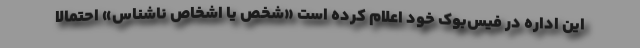
این اداره در فیس‌بوک خود اعلام کرده است «شخص یا اشخاص ناشناس» احتمالاً